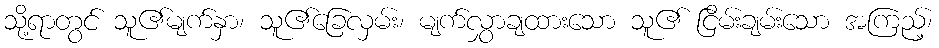
သို့ရာတွင် သူ၏မျက်နှာ၊ သူ၏ခြေလှမ်း၊ မျက်လွှာချထားသော သူ၏ ငြိမ်းချမ်းသော အကြည့်၊